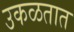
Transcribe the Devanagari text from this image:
उकळतात